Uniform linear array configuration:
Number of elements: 16
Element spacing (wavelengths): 0.75
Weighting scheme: exponential
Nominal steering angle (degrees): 45
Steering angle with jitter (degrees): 43.824
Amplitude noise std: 0.05
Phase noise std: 0.05

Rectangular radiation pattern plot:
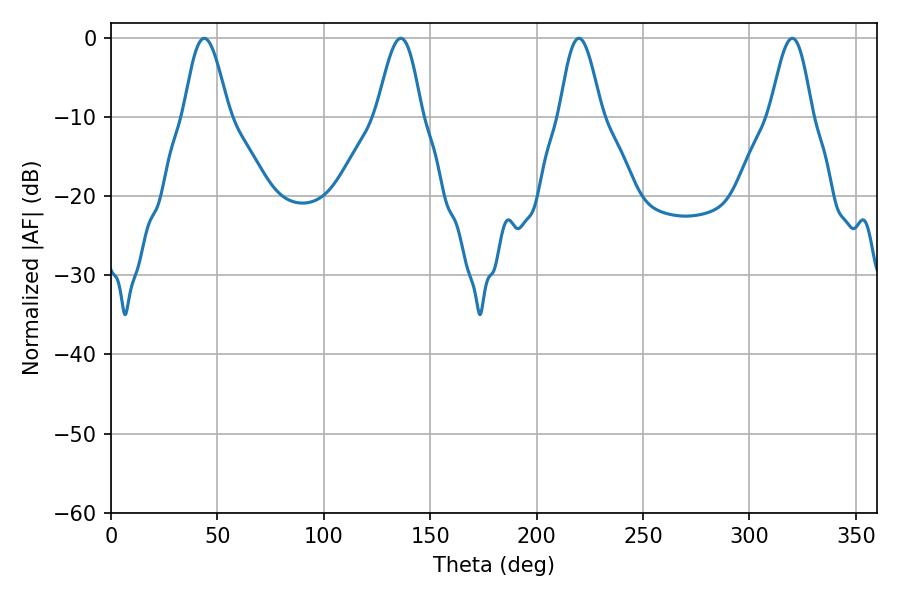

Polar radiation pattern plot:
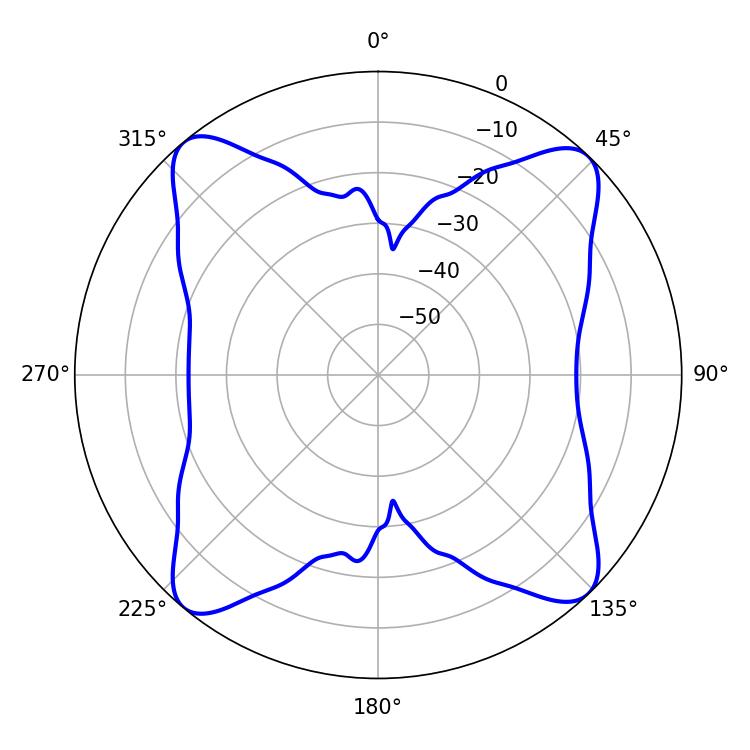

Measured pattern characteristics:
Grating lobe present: TRUE
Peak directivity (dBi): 16.457
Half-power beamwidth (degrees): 11.16
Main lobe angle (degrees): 43.74